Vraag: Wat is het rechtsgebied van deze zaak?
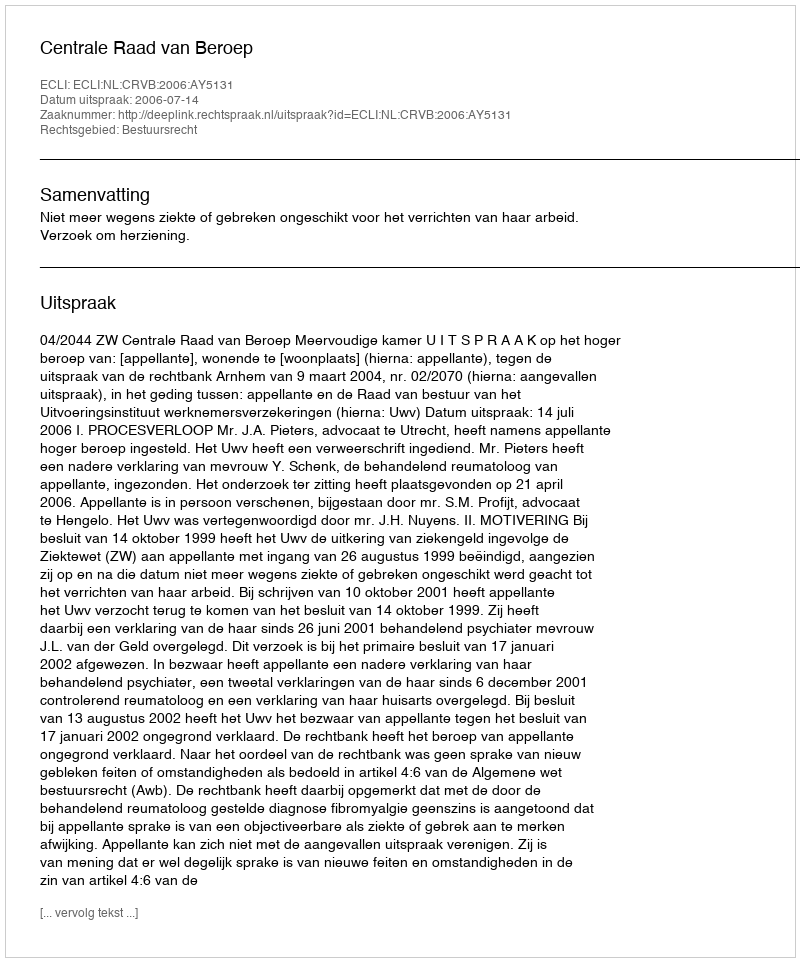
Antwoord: Bestuursrecht